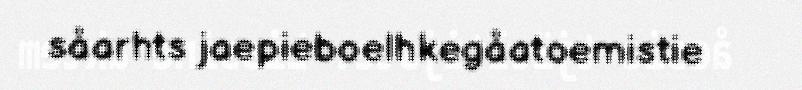
såarhts jaepieboelhkegåatoemistie